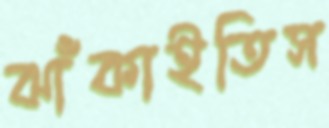
ঝাঁকাইতিস